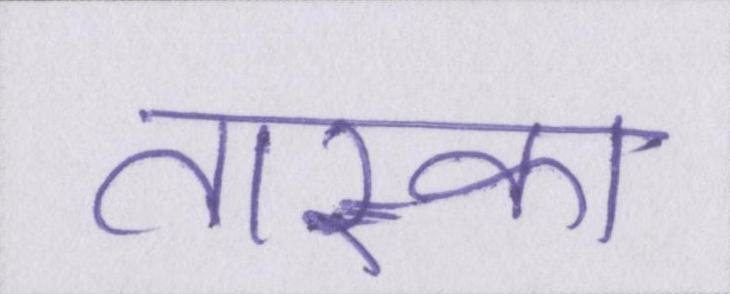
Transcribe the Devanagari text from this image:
तास्का